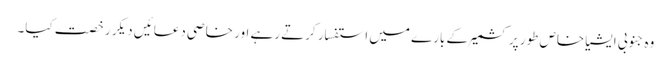
وہ جنوبی ایشیا خاص طور پر کشمیر کے بارے میں استفسار کرتے رہے اور خاصی دعائیں دیکر رخصت کیا۔